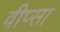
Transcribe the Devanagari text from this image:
वीप्सा